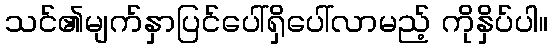
သင်၏မျက်နှာပြင်ပေါ်ရှိပေါ်လာမည့် ကိုနှိပ်ပါ။